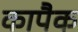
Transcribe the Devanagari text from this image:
कापैक